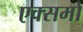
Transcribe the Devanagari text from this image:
एक्समो